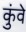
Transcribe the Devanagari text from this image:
कुंवे